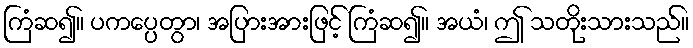
ကြံဆ၍။ ပကပ္ပေတွာ၊ အပြားအားဖြင့် ကြံဆ၍။ အယံ၊ ဤ သတိုးသားသည်။